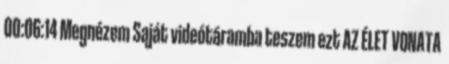
00:06:14 Megnézem Saját videótáramba teszem ezt AZ ÉLET VONATA